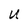
Character: U